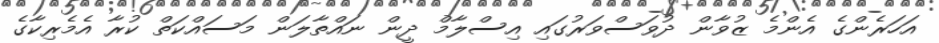
އަހަރެންގެ އެންމެ ޒުވާން ދުވަސްވަރުގައި އިސްލާމް ދީން ނައްތާލަން މަސައްކަތް ކުރާ އެމެރިކާގެ